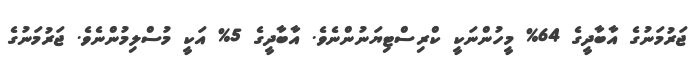
ޖަރުމަނުގެ އާބާދީގެ 64% މީހުންނަކީ ކްރިސްޓިޔަނުންނެވެ. އާބާދީގެ 5% އަކީ މުސްލިމުންނެވެ. ޖަރުމަނުގެ